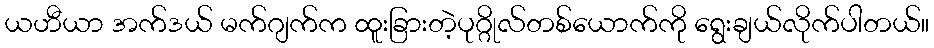
ယဟီယာ အက်ဒယ် မက်ဂျက်က ထူးခြားတဲ့ပုဂ္ဂိုလ်တစ်ယောက်ကို ရွေးချယ်လိုက်ပါတယ်။